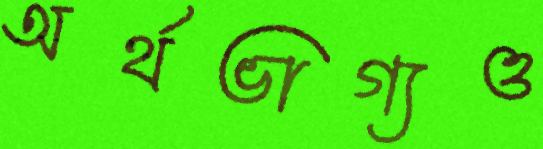
অর্থভাগ্যও